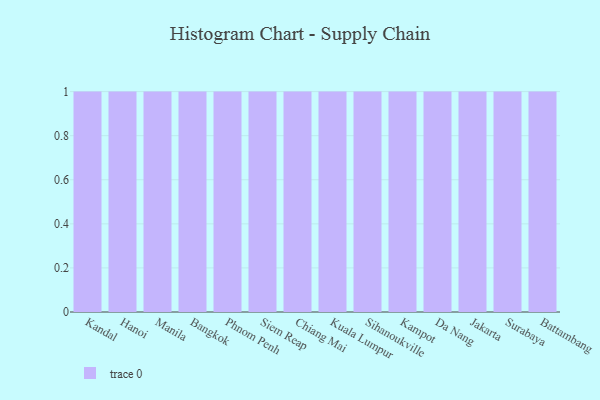
{"axis": {"x": "City", "y": "Demand Index"}, "legend": [""], "data": [{"x": "Kandal", "y": 84, "type": ""}, {"x": "Hanoi", "y": 2, "type": ""}, {"x": "Manila", "y": 34, "type": ""}, {"x": "Bangkok", "y": 62, "type": ""}, {"x": "Phnom Penh", "y": 61, "type": ""}, {"x": "Siem Reap", "y": 53, "type": ""}, {"x": "Chiang Mai", "y": 72, "type": ""}, {"x": "Kuala Lumpur", "y": 13, "type": ""}, {"x": "Sihanoukville", "y": 92, "type": ""}, {"x": "Kampot", "y": 69, "type": ""}, {"x": "Da Nang", "y": 19, "type": ""}, {"x": "Jakarta", "y": 37, "type": ""}, {"x": "Surabaya", "y": 58, "type": ""}, {"x": "Battambang", "y": 2, "type": ""}]}